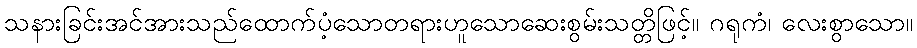
သနားခြင်းအင်အားသည်ထောက်ပံ့သောတရားဟူသောဆေးစွမ်းသတ္တိဖြင့်။ ဂရုကံ၊ လေးစွာသော။